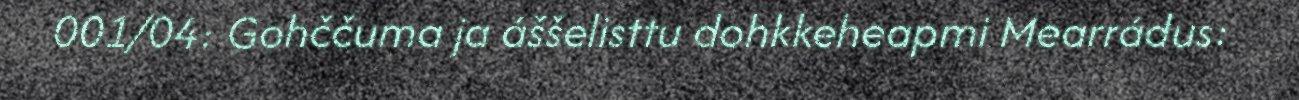
001/04: Gohččuma ja áššelisttu dohkkeheapmi Mearrádus: